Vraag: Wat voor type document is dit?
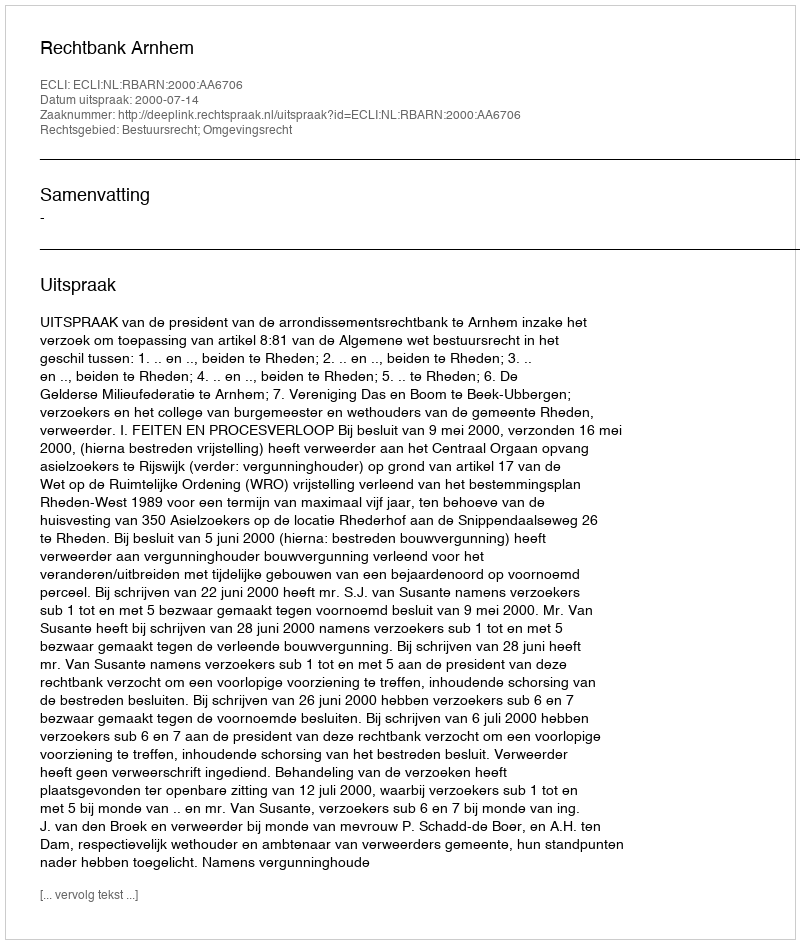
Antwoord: Uitspraak